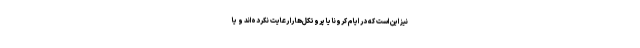
نیز این است که در ایام کرونا یا پروتکل‌ها را رعایت نکرده‌اند و یا